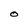
Character: O